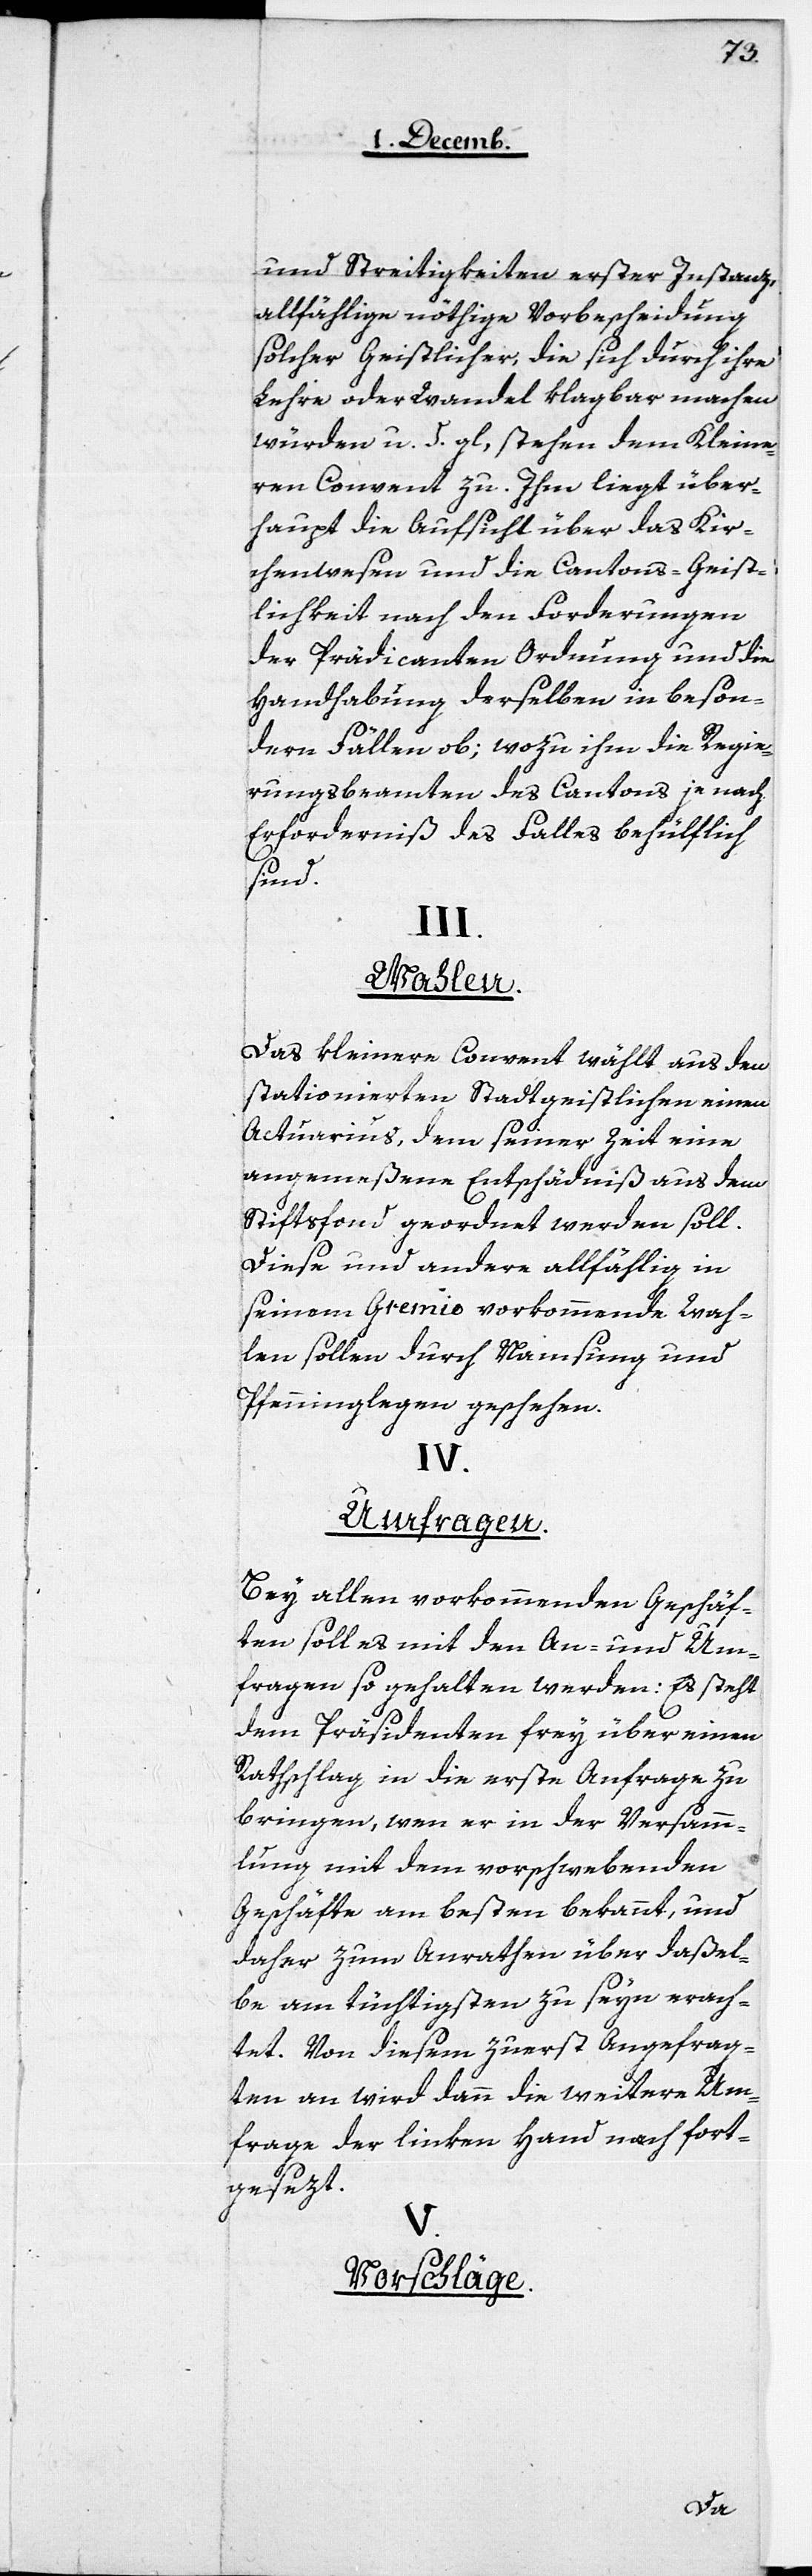
und Streitigkeiten erster Instanz,
allfählige nöthige Vorbescheidung
solcher Geistlicher, die sich durch ihre
Lehre oder Wandel klagbar machen
würden u. d. gl., stehen dem Klein¬
en Convent zu. Ihm liegt über¬
haupt die Aufsicht über das Kir¬
chenwesen und die Cantons-Geist¬
lichkeit nach den Forderungen
der Prädicanten[-]Ordnung und die
Handhabung derselben in beson¬
dern Fällen ob; wozu ihm die Regie¬
rungsbeamten des Cantons je nach
Erforderniß des Falles behülflich
sind.
III.
Wahlen.
Das kleinere Convent wählt aus den
stationierten Stadtgeistlichen einen
Actuarius, dem seiner Zeit eine
angemeßene Entschädniß aus dem
Stiftsfonds geordnet werden soll.
Diese und andere allfählig in
seinem Gremio vorkommende Wah¬
len sollen durch Namsung und
Pfenninglegen geschehen.
IV.
Umfragen.
Bey allen vorkommenden Geschäf¬
ten soll es mit den An- und Um¬
fragen so gehalten werden: Es steht
dem Präsidenten frey, über einen
Rathschlag in die erste Anfrage zu
bringen, wen er in der Versamm¬
lung mit dem vorschwebenden
Geschäfte am beßten bekannt, und
daher zum Antrathen über daßel¬
be am tüchtigsten zu seyn erach¬
tet. Von diesem zuerst Angefrag¬
ten an wird dann die weitere Um¬
frage der linken Hand nach fort¬
gesezt.
V.
Vorschläge.